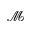
\mathcal { M }